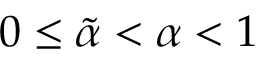
0 \leq \tilde { \alpha } < \alpha < 1